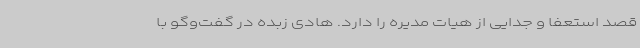
قصد استعفا و جدایی از هیات مدیره را دارد. هادی زبده در گفت‌وگو با